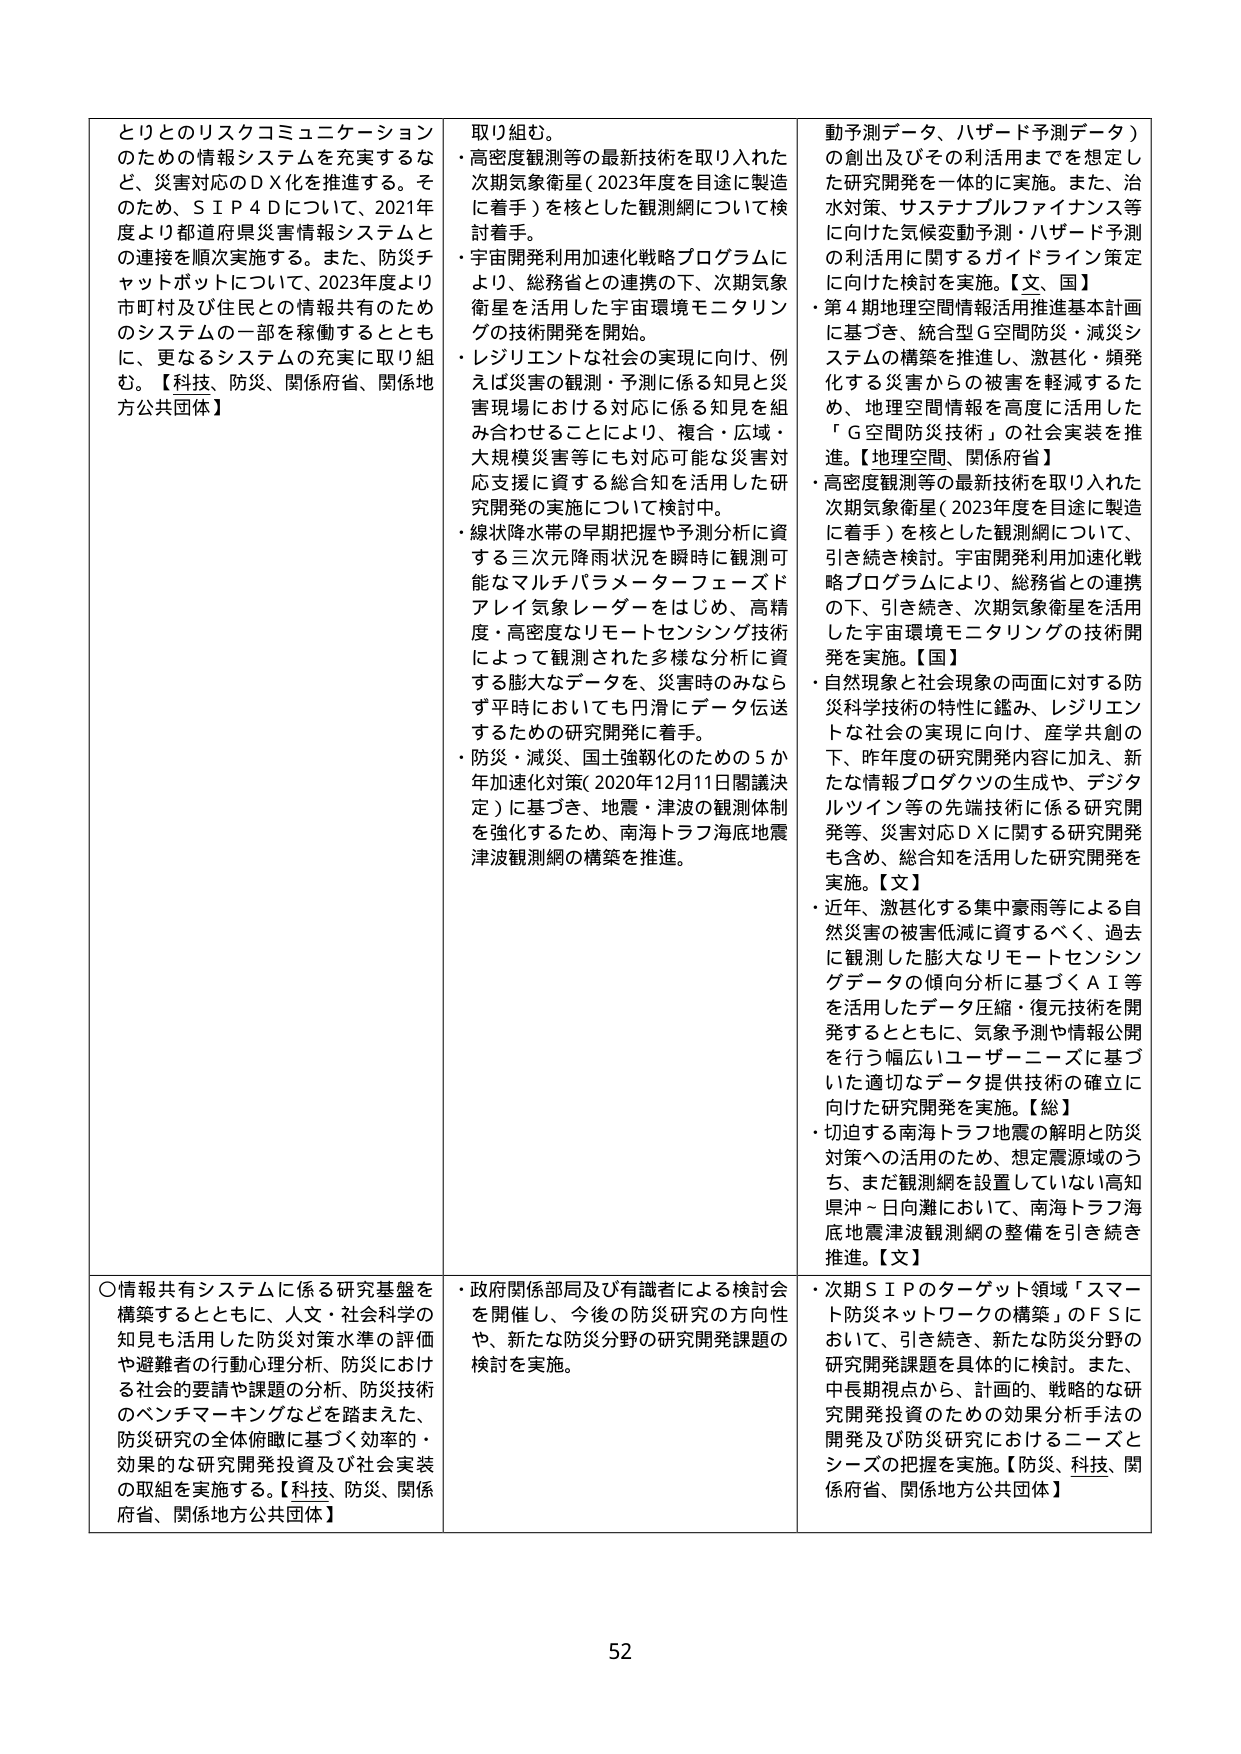
とりとのリスクコミュニケーションのための情報システムを充実するなど、災害対応のＤＸ化を推進する。そのため、ＳＩＰ４Ｄについて、2021年度より都道府県災害情報システムとの連接を順次実施する。また、防災チャットボットについて、2023年度より市町村及び住民との情報共有のためのシステムの一部を稼働するとともに、更なるシステムの充実に取り組む。【科技、防災、関係府省、関係地方公共団体】

取り組む。
・高密度観測等の最新技術を取り入れた次期気象衛星（2023年度を目途に製造に着手）を核とした観測網について検討着手。
・宇宙開発利用加速化戦略プログラムにより、総務省との連携の下、次期気象衛星を活用した宇宙環境モニタリングの技術開発を開始。
・レジリエントな社会の実現に向け、例えば災害の観測・予測に係る知見と災害現場における対応に係る知見を組み合わせることにより、複合・広域・大規模災害等にも対応可能な災害対応支援に資する総合知を活用した研究開発の実施について検討中。
・線状降水帯の早期把握や予測分析に資する三次元降雨状況を瞬時に観測可能なマルチパラメーターフェーズドアレイ気象レーダーをはじめ、高精度・高密度なリモートセンシング技術によって観測された多様な分析に資する膨大なデータを、災害時のみならず平時においても円滑にデータ伝送するための研究開発に着手。
・防災・減災、国土強靭化のための５か年加速化対策（2020年12月11日閣議決定）に基づき、地震・津波の観測体制を強化するため、南海トラフ海底地震津波観測網の構築を推進。

動予測データ、ハザード予測データ）の創出及びその利活用までを想定した研究開発を一体的に実施。また、治水対策、サステナブルファイナンス等に向けた気候変動予測・ハザード予測の利活用に関するガイドライン策定に向けた検討を実施。【文、国】
・第４期地理空間情報活用推進基本計画に基づき、統合型Ｇ空間防災・減災システムの構築を推進し、激甚化・頻発化する災害からの被害を軽減するため、地理空間情報を高度に活用した「Ｇ空間防災技術」の社会実装を推進。【地理空間、関係府省】
・高密度観測等の最新技術を取り入れた次期気象衛星（2023年度を目途に製造に着手）を核とした観測網について、引き続き検討。宇宙開発利用加速化戦略プログラムにより、総務省との連携の下、引き続き、次期気象衛星を活用した宇宙環境モニタリングの技術開発を実施。【国】
・自然現象と社会現象の両面に対する防災科学技術の特性に鑑み、レジリエントな社会の実現に向け、産学共創の下、昨年度の研究開発内容に加え、新たな情報プロダクツの生成や、デジタルツイン等の先端技術に係る研究開発等、災害対応ＤＸに関する研究開発も含め、総合知を活用した研究開発を実施。【文】
・近年、激甚化する集中豪雨等による自然災害の被害低減に資するべく、過去に観測した膨大なリモートセンシングデータの傾向分析に基づくＡＩ等を活用したデータ圧縮・復元技術を開発するとともに、気象予測や情報公開を行う幅広いユーザーニーズに基づいた適切なデータ提供技術の確立に向けた研究開発を実施。【総】
・切迫する南海トラフ地震の解明と防災対策への活用のため、想定震源域のうち、まだ観測網を設置していない高知県沖～日向灘において、南海トラフ海底地震津波観測網の整備を引き続き推進。【文】

〇情報共有システムに係る研究基盤を構築するとともに、人文・社会科学の知見も活用した防災対策水準の評価や避難者の行動心理分析、防災における社会的要請や課題の分析、防災技術のベンチマーキングなどを踏まえた、防災研究の全体俯瞰に基づく効率的・効果的な研究開発投資及び社会実装の取組を実施する。【科技、防災、関係府省、関係地方公共団体】

・政府関係部局及び有識者による検討会を開催し、今後の防災研究の方向性や、新たな防災分野の研究開発課題の検討を実施。

・次期ＳＩＰのターゲット領域「スマート防災ネットワークの構築」のＦＳにおいて、引き続き、新たな防災分野の研究開発課題を具体的に検討。また、中長期視点から、計画的、戦略的な研究開発投資のための効果分析手法の開発及び防災研究におけるニーズとシーズの把握を実施。【防災、科技、関係府省、関係地方公共団体】

52